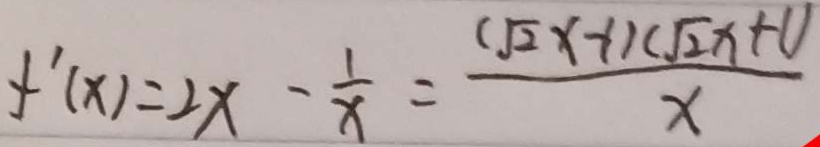
f ^ { \prime } ( x ) = 2 x - \frac { 1 } { x } = \frac { ( \sqrt { 2 } x - 1 ) ( \sqrt { 2 } x + 1 ) } { x }